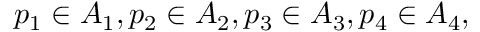
p _ { 1 } \in A _ { 1 } , p _ { 2 } \in A _ { 2 } , p _ { 3 } \in A _ { 3 } , p _ { 4 } \in A _ { 4 } ,